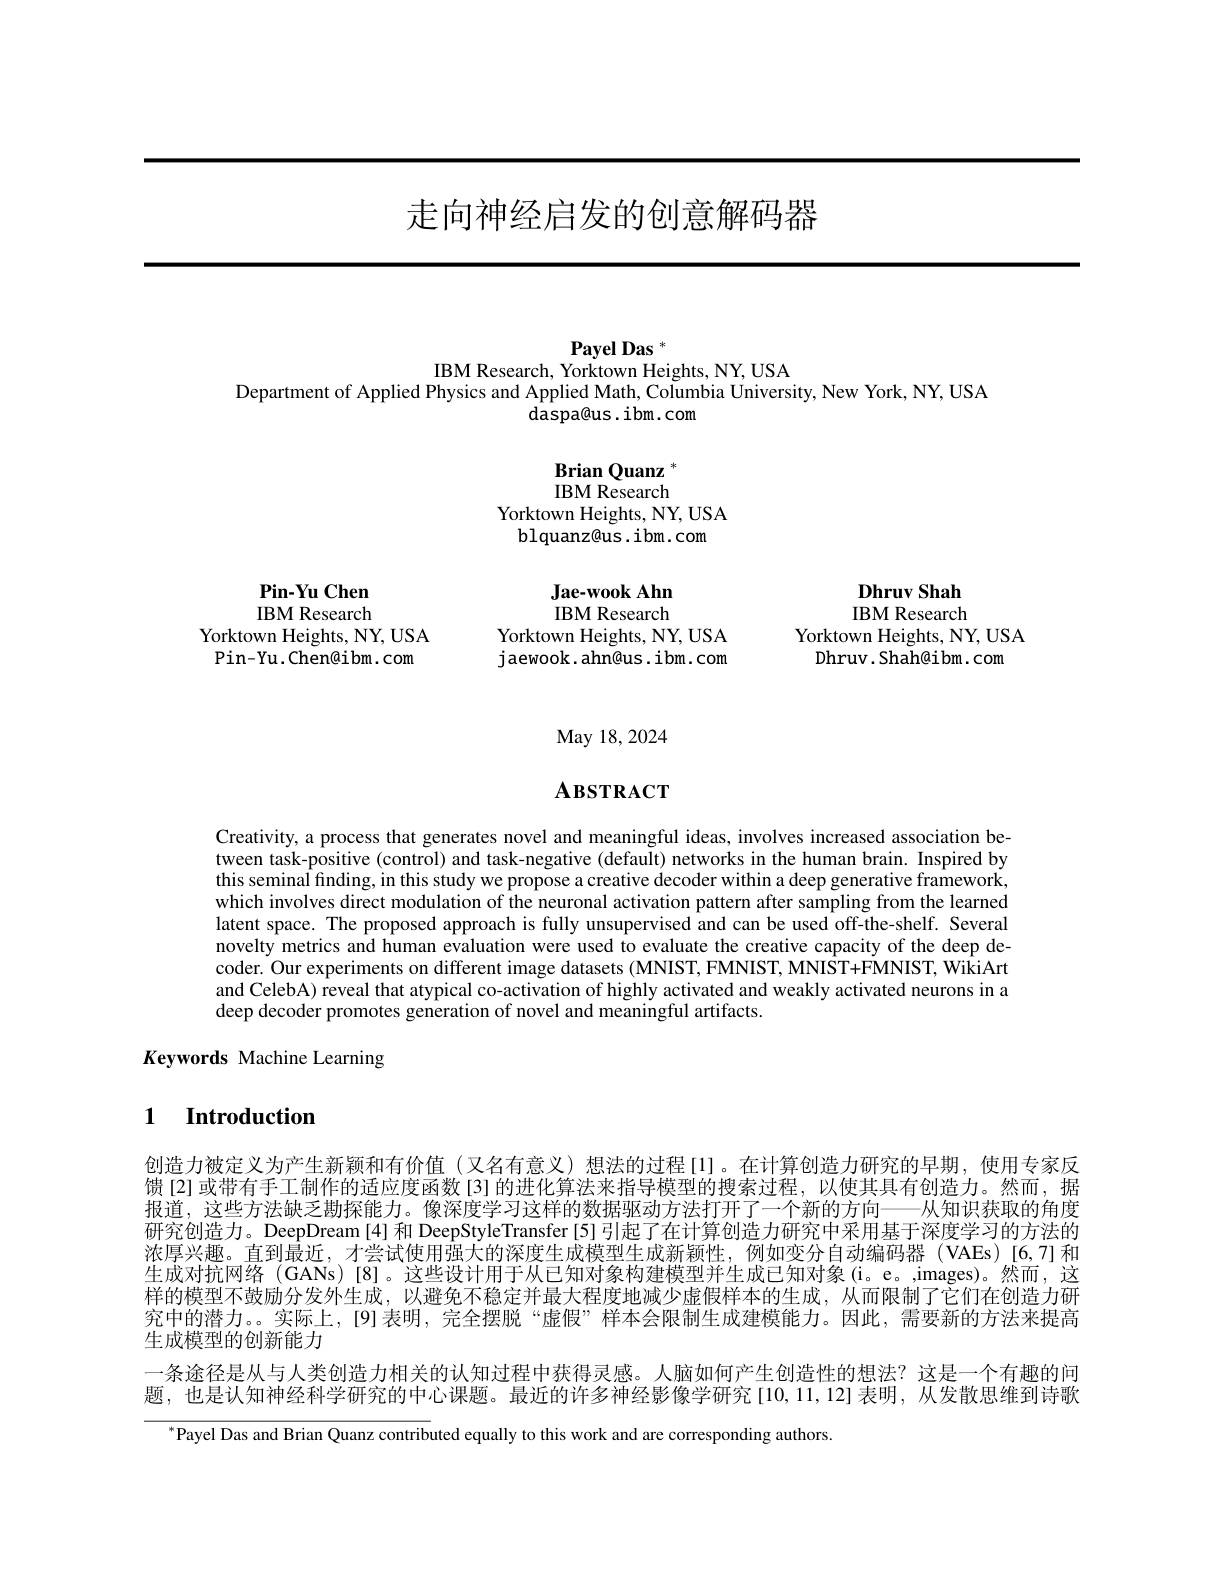
# 走向神经启发的创意解码器

Payel Das $^{*}$
IBM Research, Yorktown Heights, NY, USA

Department of Applied Physics and Applied Math, Columbia University, New York, NY, USA
daspa@ us. ibm. com

Brian Quanz $^{\mathrm{o}}$ IBM Research
Yorktown Heights, NY, USA
blquanz@us.ibm.com
Pin-Yu Chen
$\textbf{Jae- wook Ahn}$
Dhruv Shah
IBM Research
IBM Research
IBM Research
Yorktown Heights, NY, USA
Yorktown Heights, NY, USA
Yorktown Heights, NY, USA
Pin- Yu. Chen@ ibm. com
jaewook. ahn@us. ibm. com
Dhruv. Shah@ibm. com

May 18, 2024

## $\mathbf{A}\mathbf{BSTRACT}$

Creativity, a process that generates novel and meaningful ideas, involves increased association between task-positive (control) and task-negative (default) networks in the human brain. Inspired by this seminal finding, in this study we propose a creative decoder within a deep generative framework, which involves direct modulation of the neuronal activation pattern after sampling from the learned latent space. The proposed approach is fully unsupervised and can be used off-the-shelf. Several novelty metrics and human evaluation were used to evaluate the creative capacity of the deep decoder. Our experiments on different image datasets (MNIST, FMNIST, MNIST+FMNIST, WikiArt and CelebA) reveal that atypical co-activation of highly activated and weakly activated neurons in a deep decoder promotes generation of novel and meaningful artifacts.

Keywords Machine Learning

## 1 Introduction

创造力被定义为产生新颖和有价值(又名有意义)想法的过程[l]。在计算创造力研究的早期，使用专家反馈[2]或带有手工制作的适应度函数[3]的进化算法来指导模型的搜索过程，以使其具有创造力。然而，据报道，这些方法缺乏勘探能力。像深度学习这样的数据驱动方法打开了一个新的方向——从知识获取的角度研究创造力。DeepDream [4] 和 DeepStyleTransfer [5] 引起了在计算创造力研究中采用基于深度学习的方法的浓厚兴趣。直到最近，才尝试使用强大的深度生成模型生成新颖性，例如变分自动编码器(VAEs)[6,7]和生成对抗网络 (GANs)[8]。这些设计用于从已知对象构建模型并生成已知对象(i。e。,images)。然而，这样的模型不鼓励分发外生成，以避免不稳定并最大程度地减少虚假样本的生成，从而限制了它们在创造力研究中的潜力。。实际上，[9]表明，完全摆脱“虚假”样本会限制生成建模能力。因此，需要新的方法来提高生成模型的创新能力
一条途径是从与人类创造力相关的认知过程中获得灵感。人脑如何产生创造性的想法？这是一个有趣的问题，也是认知神经科学研究的中心课题。最近的许多神经影像学研究[10,11,12]表明，从发散思维到诗歌
$^{*}$Payel Das and Brian Quanz contributed equally to this work and are corresponding authors